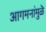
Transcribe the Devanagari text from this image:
आगमनांमुळॆ